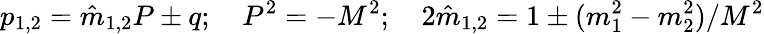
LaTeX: p_{1,2}={\hat{m}}_{1,2}P\pm q;\quad P^{2}=-M^{2};\quad 2{\hat{m}}_{1,2}=1\pm(m_{1}^{2}-m_{2}^{2})/M^{2}